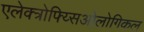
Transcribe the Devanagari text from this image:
एलेक्त्रोफ्य्सिओलोगिकल